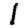
Digit: 1